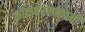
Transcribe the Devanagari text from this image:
कोदादंरमस्वामी